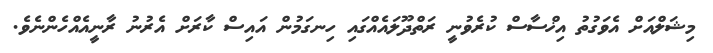
މިޝަލްއަށް އެވަގުތު އިޚްސާސް ކުރެވުނީ ރަތްދޫލައެއްގައި ހިނގަމުން އައިސް ކާރަށް އެރުނު ރާނީއެއްހެންނެވެ.